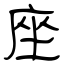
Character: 座